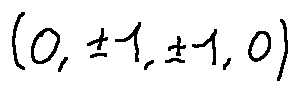
( 0 , \pm 1 , \pm 1 , 0 )